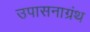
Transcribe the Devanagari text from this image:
उपासनाग्रंथ